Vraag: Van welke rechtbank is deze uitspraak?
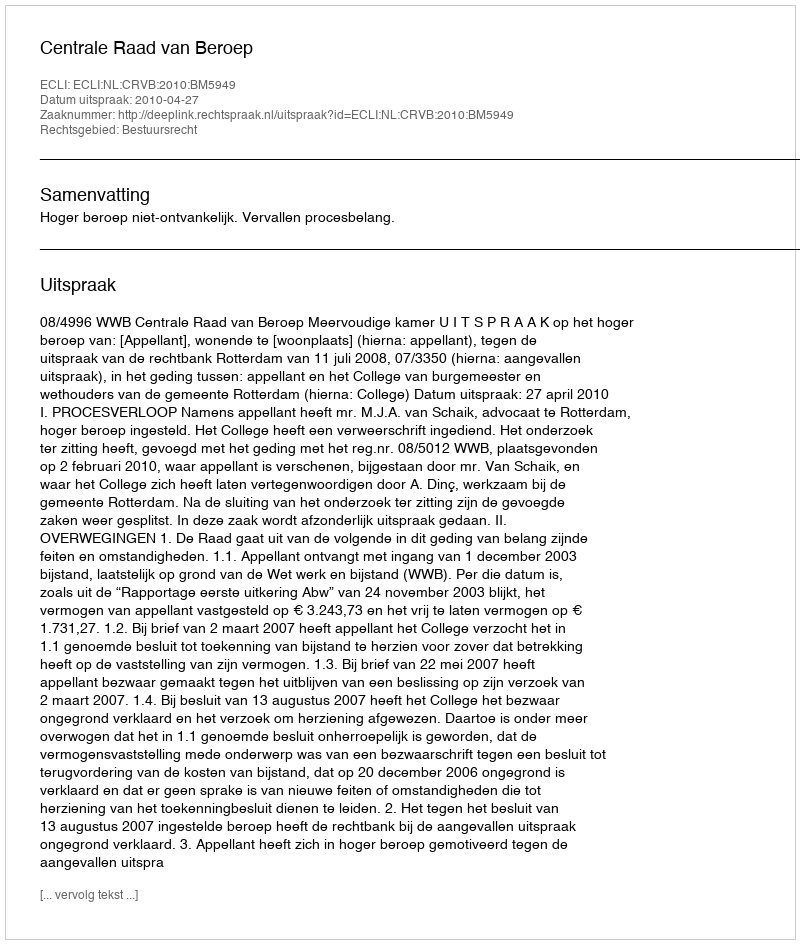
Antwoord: Centrale Raad van Beroep